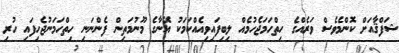
ޝަފްޤާއަށް ކޮންމެވެސް ވަރެއްގެ ހިތްހަމަޖެހުމެއް ލިބިފައިވިއެއްކަމަކު އޭނާގެ މޫނުމަތިން ފެންނަނި ހިތްހަމަނުޖެހިފައި ހުރި